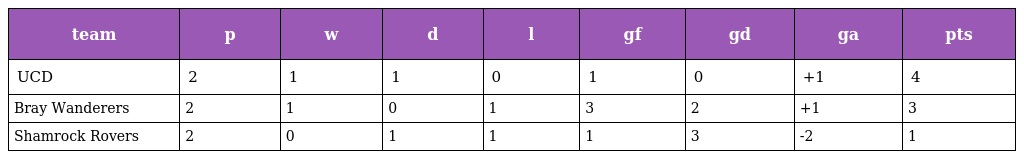
| team | p | w | d | l | gf | gd | ga | pts |
 | --- | --- | --- | --- | --- | --- | --- | --- | --- |
 | UCD | 2 | 1 | 1 | 0 | 1 | 0 | +1 | 4 |
 | Bray Wanderers | 2 | 1 | 0 | 1 | 3 | 2 | +1 | 3 |
 | Shamrock Rovers | 2 | 0 | 1 | 1 | 1 | 3 | -2 | 1 |